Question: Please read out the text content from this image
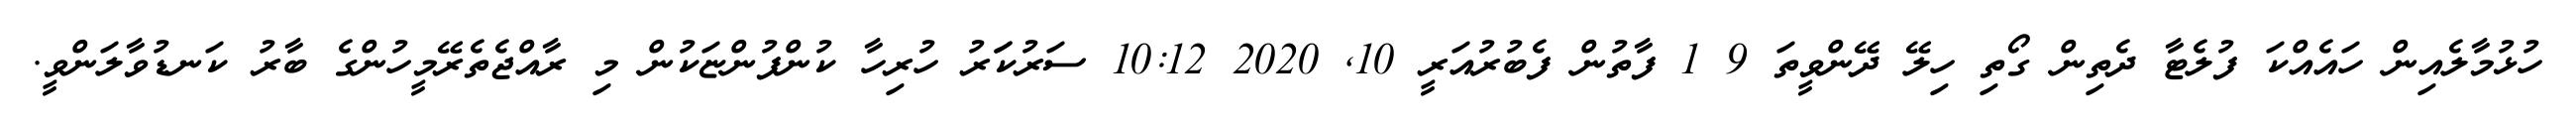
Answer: ހުޅުމާލެއިން ހައެއްކަ ފުލެޓާ ދެތިން ގޯތި ހިލޭ ދޭންވީތަ 9 1 ފާތުން ފެބުރުއަރީ 10, 2020 10:12 ސަރުކަަރު ހުރިހާ ކުންފުންޏަކުން މި ރާއްޖެތެރޭމީހުންގެ ބާރު ކަނޑުވާލަންވީ.